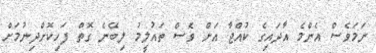
ނަމަވެސް އެންމެ އާދައިގެ ކުއްޖާ އަށް ވެސް ތައުލީމު ލިބޭނެ ގޮތް ފަހިކޮށްދިނުމަށް